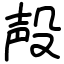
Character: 殸